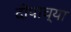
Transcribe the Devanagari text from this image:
दीपाच्या